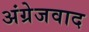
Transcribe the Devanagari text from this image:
अंग्रेजवाद